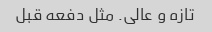
تازه و عالی. مثل دفعه قبل